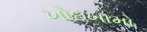
ખોદખામો